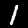
Digit: 1